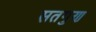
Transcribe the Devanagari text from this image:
सतगुण